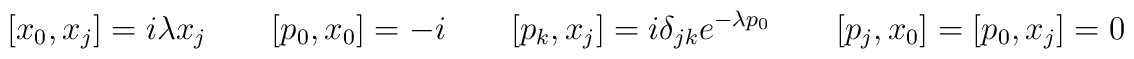
[x_{0},x_{j}]=i\lambda x_{j}\qquad [p_{0},x_{0}]=-i \qquad[p_{k},x_{j}]=i\delta _{jk}e^{-\lambda p_{0}}\qquad[p_{j},x_{0}]=[p_{0},x_{j}]=0